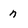
Character: n